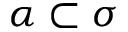
\alpha \subset \sigma